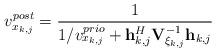
LaTeX: \begin{align*}v_{x_{k,j}}^{post} = \frac{1}{1/v_{x_{k,j}}^{prio} + \mathbf{h}_{k,j}^H \mathbf{V}_{\xi_{k,j}} ^{-1} \mathbf{h}_{k,j}}\end{align*}